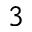
^ 3